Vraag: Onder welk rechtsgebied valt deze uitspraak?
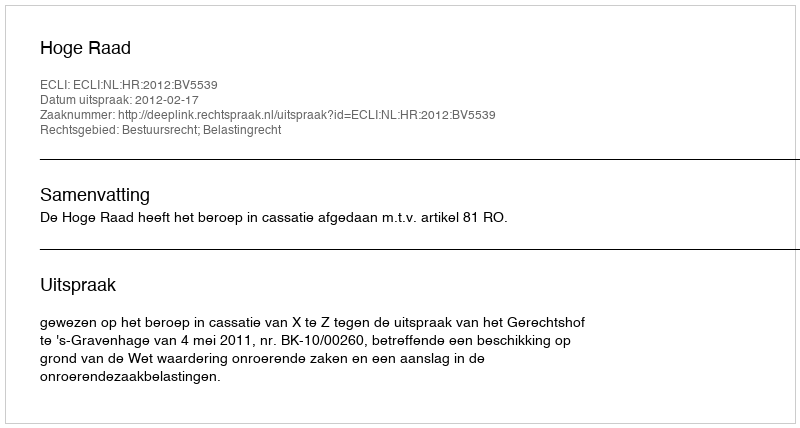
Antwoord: Bestuursrecht; Belastingrecht